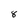
Character: 8